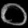
Digit: ၀